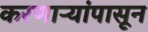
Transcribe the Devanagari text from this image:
करणाऱ्यांपासून